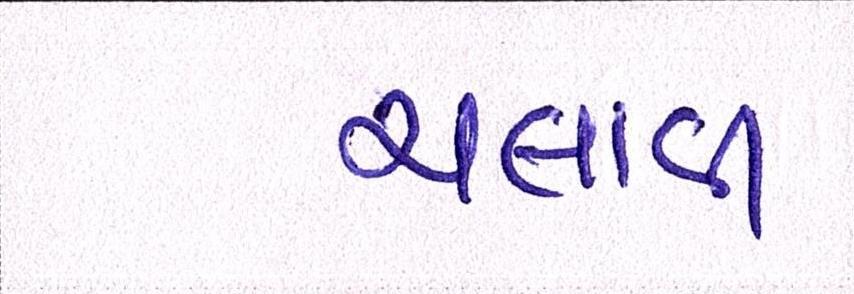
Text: ચલાવી